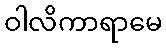
ဝါလိကာရာမေ